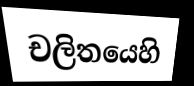
චලිතයෙහි